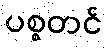
ပစ္စတင်